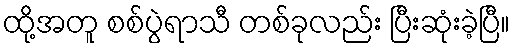
ထို့အတူ စစ်ပွဲရာသီ တစ်ခုလည်း ပြီးဆုံးခဲ့ပြီ။